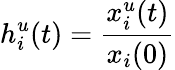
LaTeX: h_{i}^{u}(t)=\frac{x_{i}^{u}(t)}{x_{i}(0)}